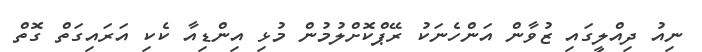
ނިއު ދިއްލީގައި ޒުވާން އަންހެނަކު ރޭޕްކޮށްލުމުން މުޅި އިންޑިއާ ކެކި އަރައިގަތް ގޮތް